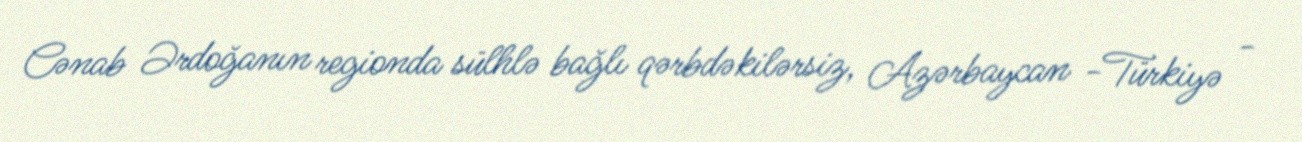
Cənab Ərdoğanın regionda sülhlə bağlı qərbdəkilərsiz, Azərbaycan -Türkiyə -